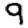
Digit: 9